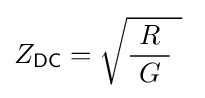
Z_{\mathsf {DC}}={\sqrt {{\frac {\ R\ }{G}}\ }}~